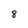
Character: 8